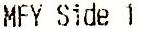
MFY SIDE 1